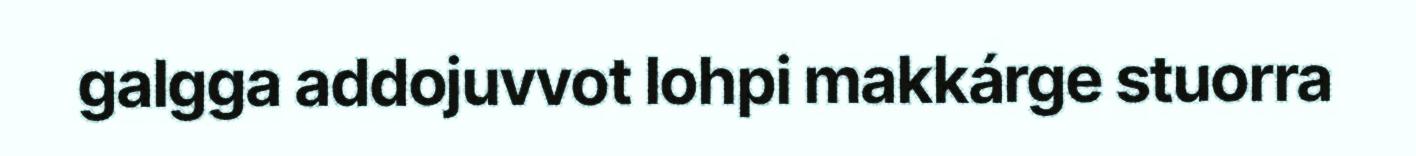
galgga addojuvvot lohpi makkárge stuorra